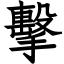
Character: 擊